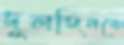
দুলহিনকে